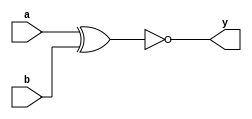
module xnor_primitive(a, b, y);
    input a, b;
    output y;

    xnor #(10) instance0(y, a, b);
endmodule